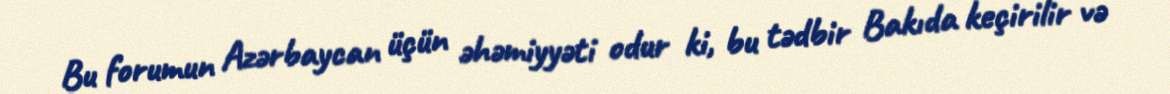
Bu forumun Azərbaycan üçün əhəmiyyəti odur ki, bu tədbir Bakıda keçirilir və